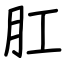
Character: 肛